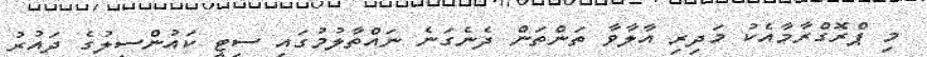
މި ޕްރޮގްރާމާއެކު މަދިރި އާލާވާ ތަންތަން ދެނެގަނެ ނައްތާލުމުގައި ސިޓީ ކައުންސިލުގެ ދައުރު